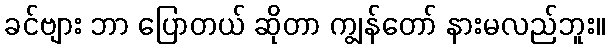
ခင်ဗျား ဘာ ပြောတယ် ဆိုတာ ကျွန်တော် နားမလည်ဘူး။